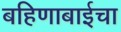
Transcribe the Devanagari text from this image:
बहिणाबाईचा